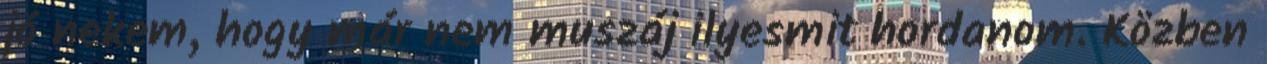
jó nekem, hogy már nem muszáj ilyesmit hordanom. Közben